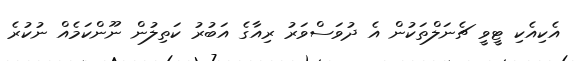
އެކިއެކި ޓީވީ ޗެނަލްތަކުން އެ ދުވަސްވަރު ރިއާގެ އަބުރު ކަތިލުން ނޫންކަމެއް ނުކުރެ